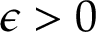
\epsilon > 0